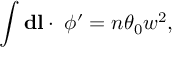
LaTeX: \int { \mathbf d } { \mathbf l } \cdot { \mathbf \nabla } \phi ^ { \prime } = n \theta _ { 0 } w ^ { 2 } ,